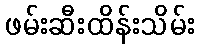
ဖမ်းဆီးထိန်းသိမ်း